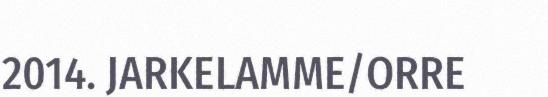
2014. JARKELAMME/ORRE